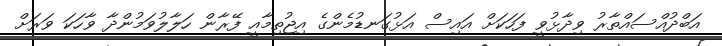
އަބްދުއްސައްތާރު ވިދާޅުވީ ފަހަކަށް އައިސް އަޅުގަނޑުމެންގެ އިޖުތިމާއީ ފޭރާން ހަލާލުވަމުންދާ ވާހަކަ ވަރަށް